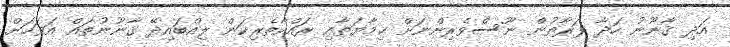
އަދި ޤާނޫނު ހަދާ ފަރާތުން ނޫސްވެރިންނަށް ޙިމާޔަތާއި ރައްކާތެރިކަން ލިއްބައިދޭ ޤާނޫނުތައް އަވަހަށް